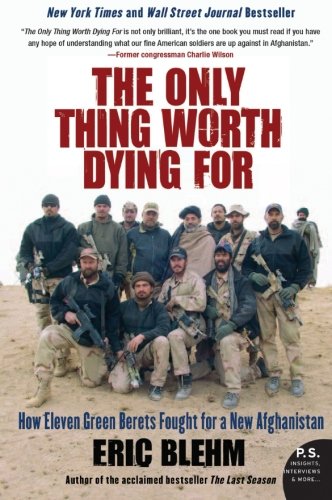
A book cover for The Only Thing Worth Dying For: How Eleven Green Berets Fought for a New Afghanistan (P.S.); Eric Blehm; History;